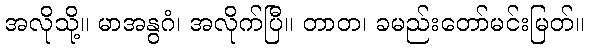
အလိုသို့။ မာအနွဂံ၊ အလိုက်ပြီ။ တာတ၊ ခမည်းတော်မင်းမြတ်။